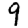
Digit: 9